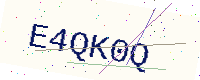
Text: E4QK0Q